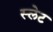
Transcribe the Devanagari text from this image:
स्‍लेट